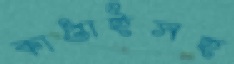
কাপ্তাইসহ